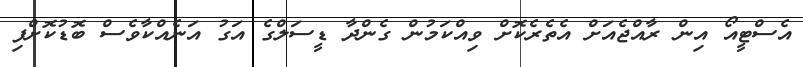
އެސްޓީއޯ އިން ރާއްޖެއަށް އެތެރެކޮށް ވިއްކަމުން ގެންދާ ޑީސަލްގެ އަގު އަނެއްކާވެސް ބޮޑުކޮށްފި